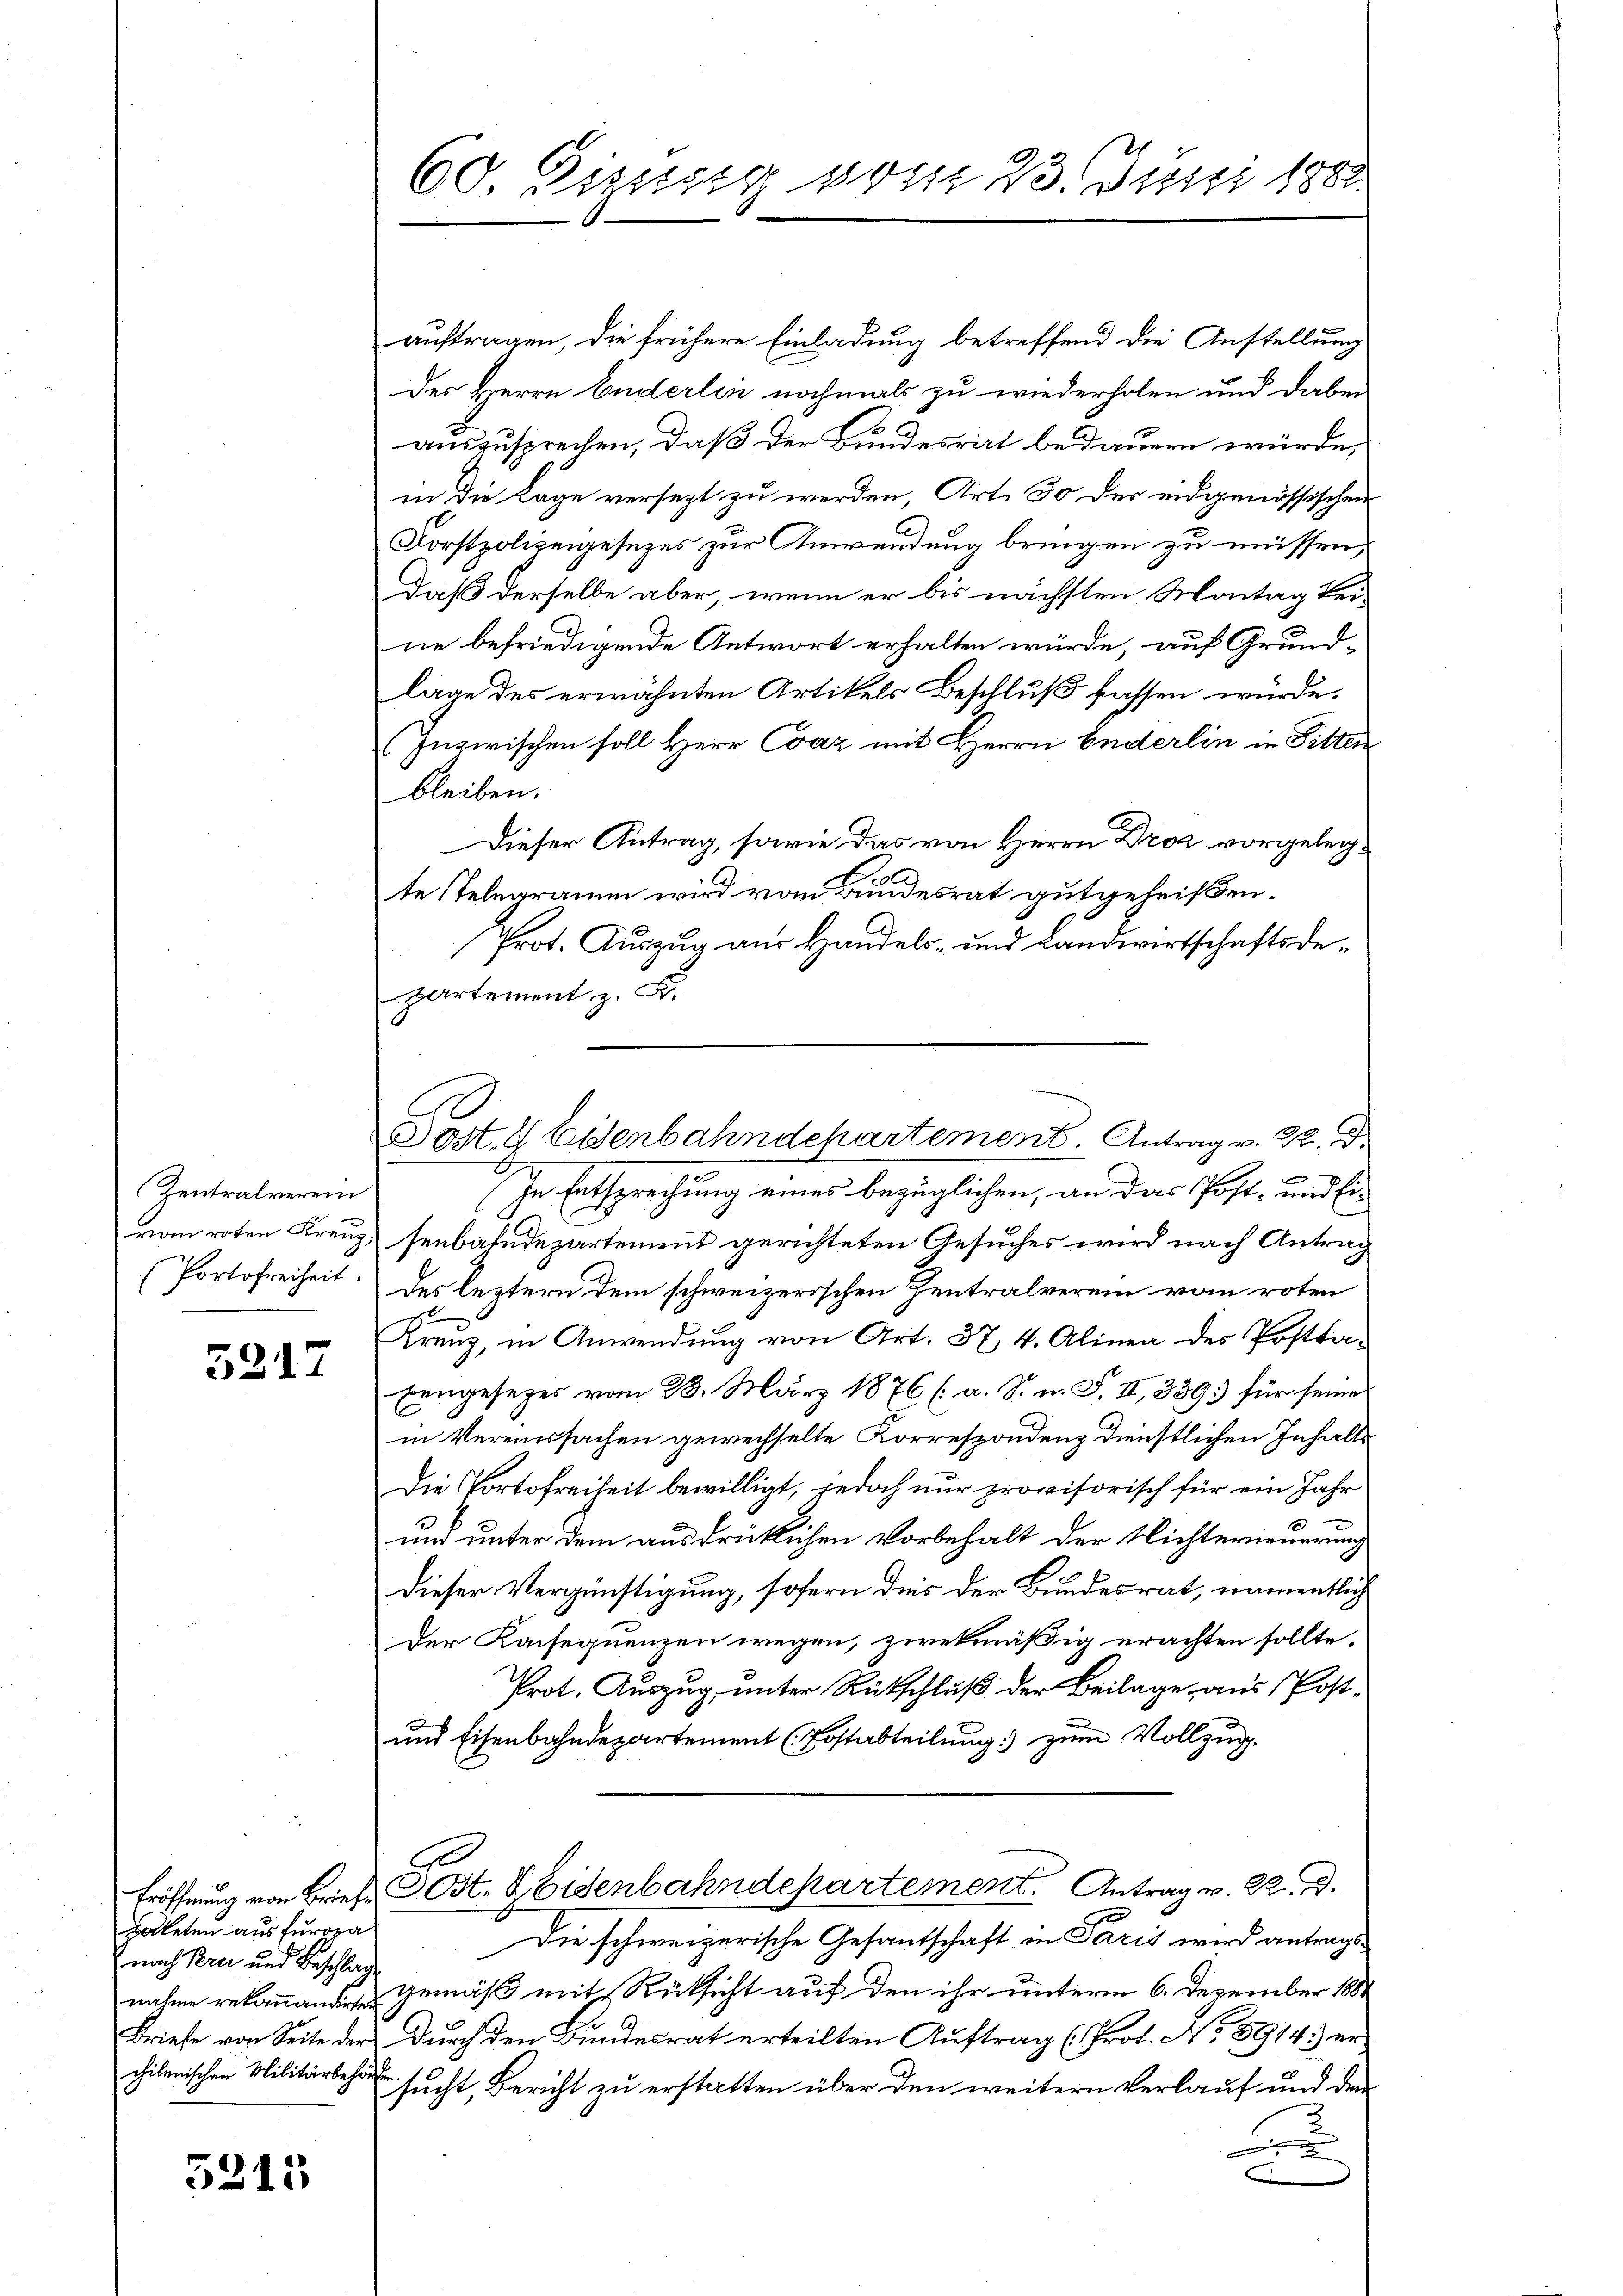
Zentralverein
vom roten Kreuz,
Portofreiheit.

5217

aketen aus furopa
nach Pere und Beschlag.
chilenischen Militärbehörden

5315

60. Dissssig vom 23. Juni 1888

Post 4 Eisenbahndepartement. Antrag v. 22. d.

auftragen, die frühere Einladung betreffend die Anstellung
Des Herrn Enderlin nochmals zu wiederholen und dabei
auszusprechen, daß der Bundesrat bedauern würde,
in die Lage versezt zu werden, Art. 30 der eidgenössischen
Forstpolizeigesezes zur Anwendung bringen zu müssen,
daß derselbe aber, wenn er bis nächsten Montag keine befriedigende Antwort erhalten würde, auf Grundlage des erwähnten Artikels Beschluß fassen würde.
(Inzwischen soll Herr Coaz mit Herrn Enderlin in Fitten
bleiben.
Dieser Antrag, sowie das von Herrn Droz vorgelegte Telegramm wird vom Bundesrat gutgeheißen.
Prot. Auszug aus Handels- und Landwirtschaftsdepartement z. B.
In Entsprechung eines bezüglichen, an das Post- und Ei-
senbahndepartement gerichteten Gesuches wird nach Antrag
des leztern dem schweizerischen Zentralverein vom roten
Kreuz, in Anwendung von Art. 37, 4. Alinea des Posttabengesetzes vom 23. März 1876 (a. S. n. F. II, 339 für seines
in Vereinssachen gewechselte Korrespondenz dienstlichen Inhalts
Die Portofreiheit bewilligt, jedoch nur provisorisch für ein Jahr
und unter dem ausdrüklichen Vorbehalt der Nichterneuerung
dieser Vergünstigung, sofern des der Bundesrat, namentlich
Der Kaisequenzen wegen, zwekmäßig erachten sollte.
Prot. Auszug, unter Rutschluß der Beilage aus Post¬
und Eisenbahndepartement (Postabteilung) zum Vollzug.
Eröffnung von Brief COst. Beisenbahndepartement. Antrag v. R. Bd.
Die schweizerische Gesantschaft in Paris wird antragsnahme rekoṁend Gemäß mit Rücksicht auf den ihr unterm 6. Dezember 1884
Briefe von Seite der Durch den Bundesrat erteilten Auftrag (Prot. No 8914.) ersucht, Bericht zu erstatten über den weitern Verlauf und den
F